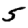
Digit: 5